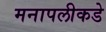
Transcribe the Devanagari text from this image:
मनापलीकडे